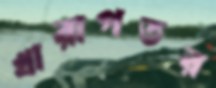
খারাপতর